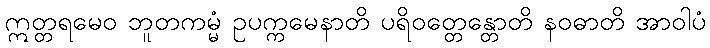
ဣတ္တရမေဝ ဘူတကမ္မံ ဥပက္ကမေနာတိ ပရိဝတ္တေန္တောတိ နဝဓာတိ အာဝါပံ